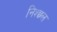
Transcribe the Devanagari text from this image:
निश्छ्ल